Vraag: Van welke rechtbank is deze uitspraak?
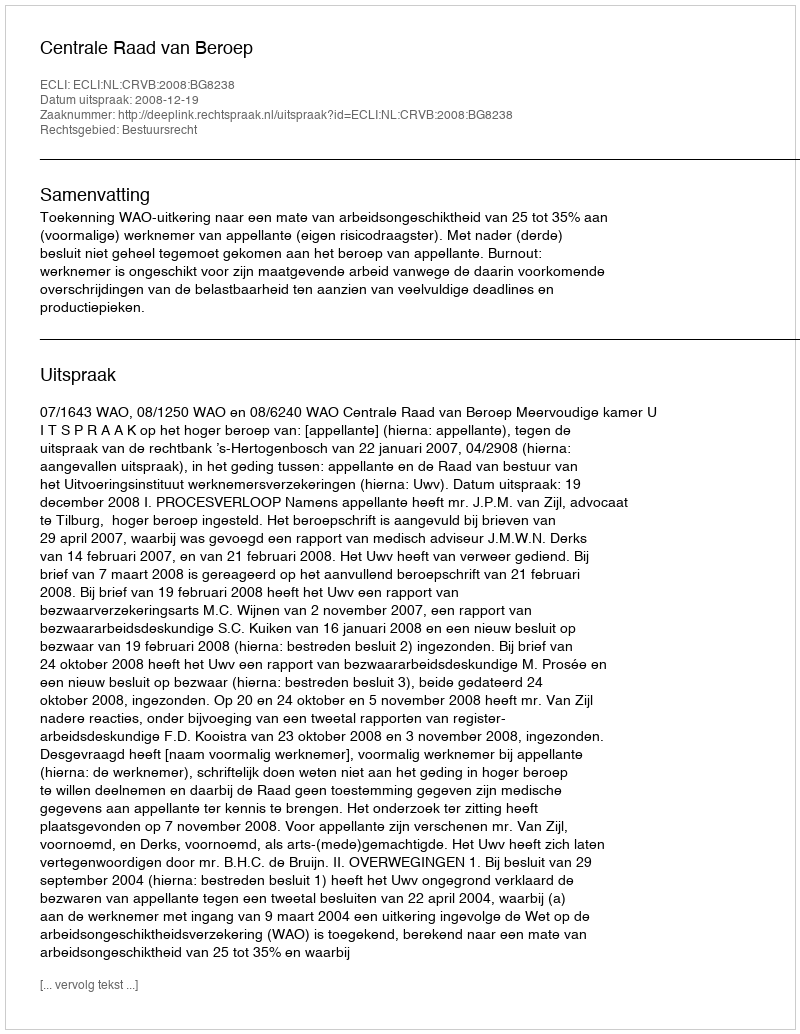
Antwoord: Centrale Raad van Beroep